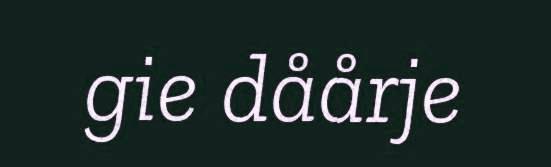
gie dåårje